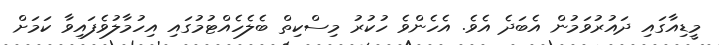
މީޑިއާގައި ދައުރުވަމުން އެބަދެ އެވެ. އެހެންވެ ހުކުރު މިސްކިތް ބެލެހެއްޓުމުގައި އިހުމާލުވެފައިވާ ކަމަށް